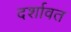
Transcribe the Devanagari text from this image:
दर्शावत